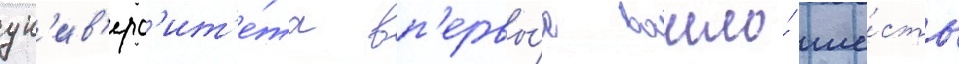
ун'ив'ерс'ит'е́та вп'ервы́е вошло́ ше́сть